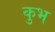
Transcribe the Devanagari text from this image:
कुभ